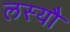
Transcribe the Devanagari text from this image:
लस्यौ